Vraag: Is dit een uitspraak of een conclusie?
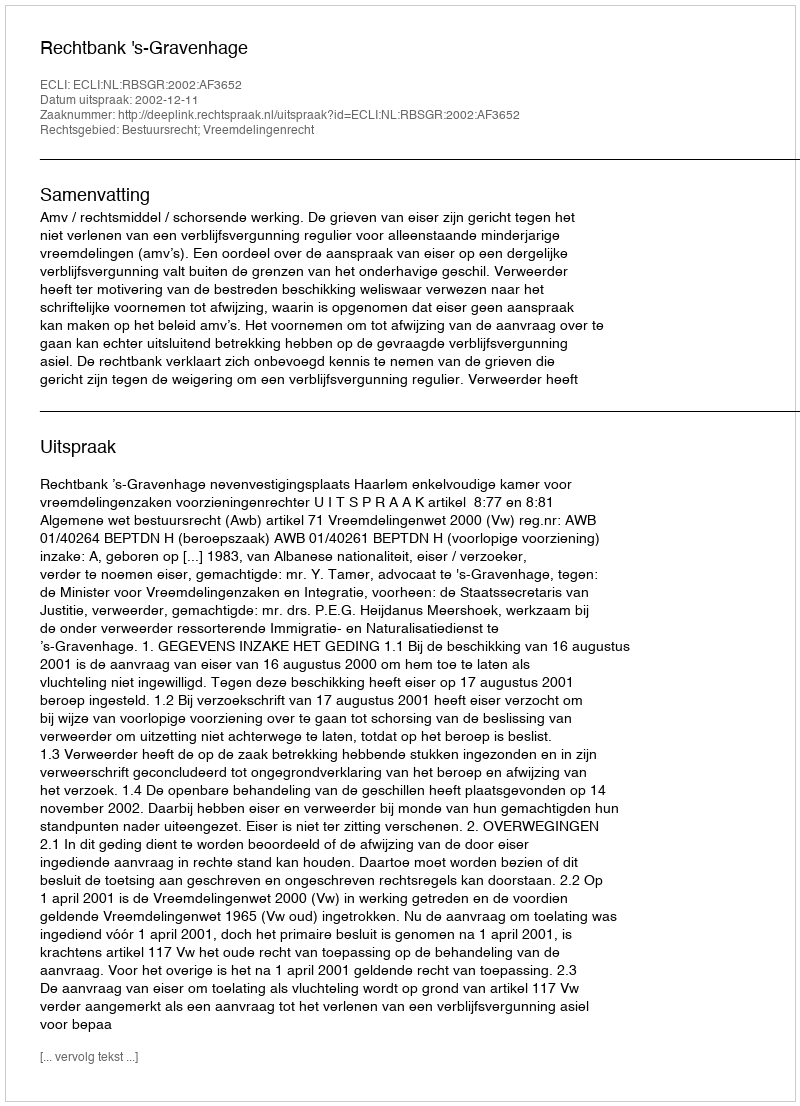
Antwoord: Uitspraak